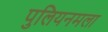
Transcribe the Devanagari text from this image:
पुलियनमला